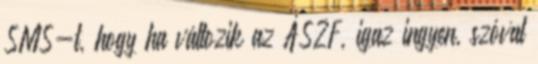
SMS-t, hogy ha változik az ÁSZF, igaz ingyen, szóval